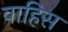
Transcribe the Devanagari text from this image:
वाहिस